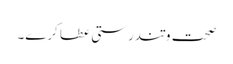
صحت وتندرستی عطا کرے۔